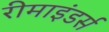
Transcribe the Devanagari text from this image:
रीमाइंडर्स